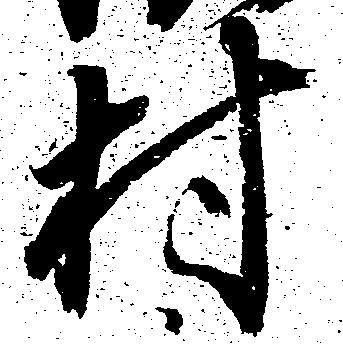
村